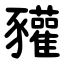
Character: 䝔